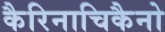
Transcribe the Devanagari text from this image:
कैरिनाचिकैनो